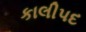
કાલીપદ